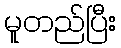
မူတည်ပြီး